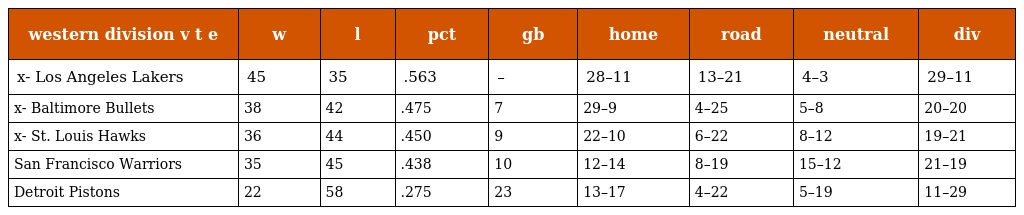
| western division v t e | w | l | pct | gb | home | road | neutral | div |
 | --- | --- | --- | --- | --- | --- | --- | --- | --- |
 | x- Los Angeles Lakers | 45 | 35 | .563 | – | 28–11 | 13–21 | 4–3 | 29–11 |
 | x- Baltimore Bullets | 38 | 42 | .475 | 7 | 29–9 | 4–25 | 5–8 | 20–20 |
 | x- St. Louis Hawks | 36 | 44 | .450 | 9 | 22–10 | 6–22 | 8–12 | 19–21 |
 | San Francisco Warriors | 35 | 45 | .438 | 10 | 12–14 | 8–19 | 15–12 | 21–19 |
 | Detroit Pistons | 22 | 58 | .275 | 23 | 13–17 | 4–22 | 5–19 | 11–29 |